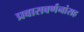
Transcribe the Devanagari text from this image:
प्रवासवर्णनांसह